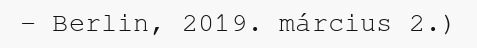
– Berlin, 2019. március 2.)